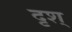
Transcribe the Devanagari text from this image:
दृश्